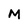
Character: M